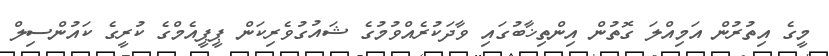
މީގެ އިތުރުން އަމިއްލަ ގޮތުން އިންތިޚާބުގައި ވާދަކުރެއްވުމުގެ ޝައުގުވެރިކަން ޕީޕީއެމްގެ ކުރީގެ ކައުންސިލް